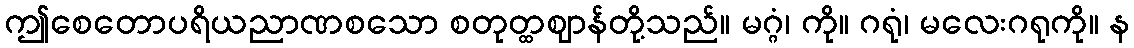
ဤစေတောပရိယညာဏစသော စတုတ္ထဈာန်တို့သည်။ မဂ္ဂံ၊ ကို။ ဂရုံ၊ မလေးဂရုကို။ န